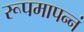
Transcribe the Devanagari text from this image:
रूपमापन्नं